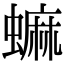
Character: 䗫